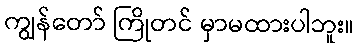
ကျွန်တော် ကြိုတင် မှာမထားပါဘူး။